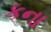
કના